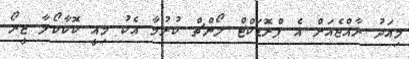
މިއަދު ރާއްޖެއަށް އެ ޕްރޮޑަކްޓް ލޯންޗް ކުރުމާ އެކު މިއީ ކޮކާކޯލާ ޒީރޯ